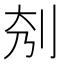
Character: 𠛘